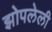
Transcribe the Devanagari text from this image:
झोपलेली